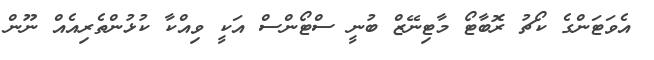
އެވަޓަންގެ ކޯޗު ރޮބާޓޯ މާޓިނޭޒް ބުނީ ސްޓޯންސް އަކީ ވިއްކާ ކުޅުންތެރިއެއް ނޫން